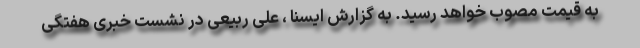
به قیمت مصوب خواهد رسید. به گزارش ایسنا ، علی ربیعی در نشست خبری هفتگی